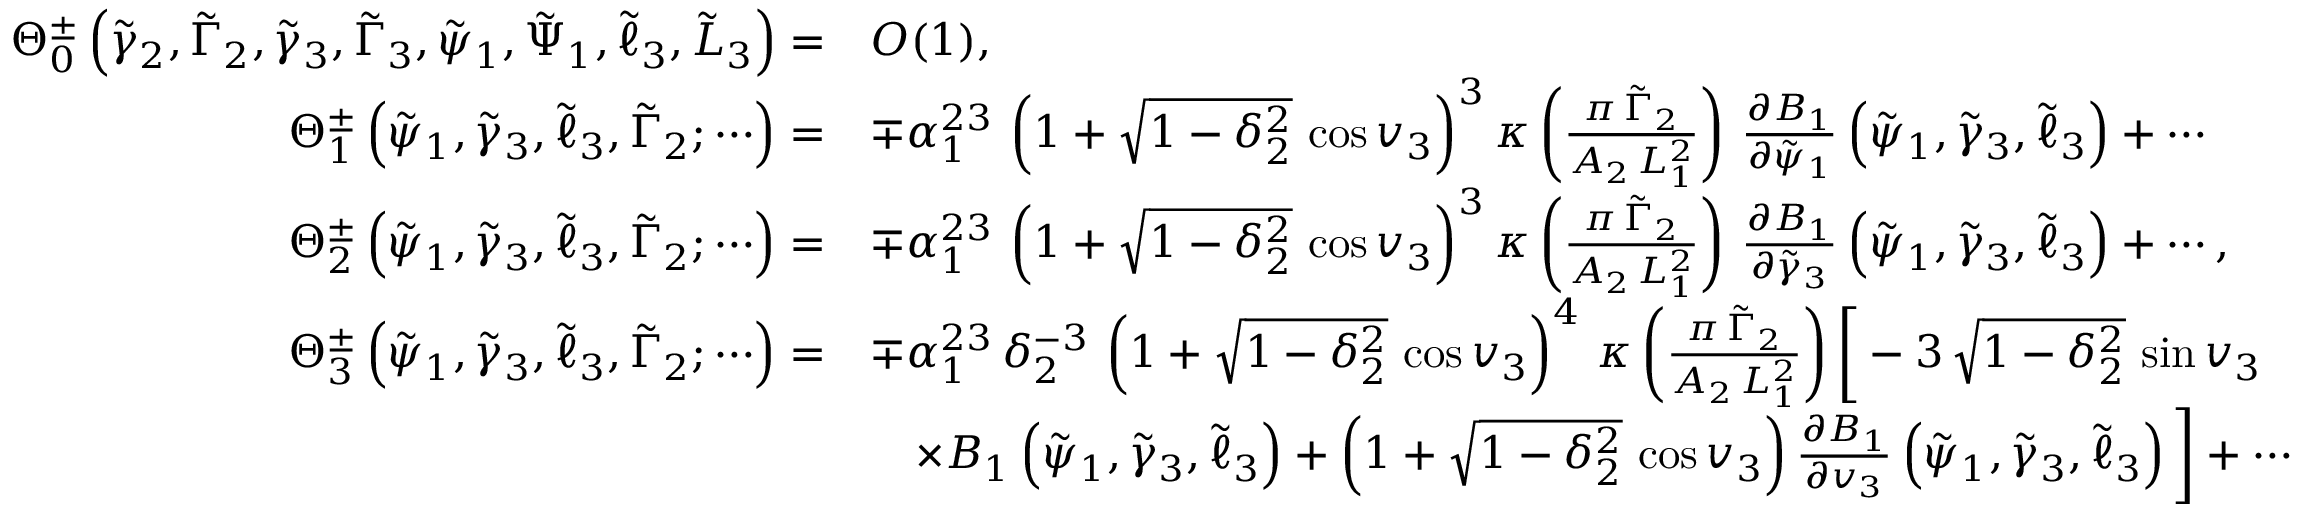
\begin{array} { r l } { \Theta _ { 0 } ^ { \pm } \left( \tilde { \gamma } _ { 2 } , \tilde { \Gamma } _ { 2 } , \tilde { \gamma } _ { 3 } , \tilde { \Gamma } _ { 3 } , \tilde { \psi } _ { 1 } , \tilde { \Psi } _ { 1 } , \tilde { \ell } _ { 3 } , \tilde { L } _ { 3 } \right) = } & { O ( 1 ) , } \\ { \Theta _ { 1 } ^ { \pm } \left( \tilde { \psi } _ { 1 } , \tilde { \gamma } _ { 3 } , \tilde { \ell } _ { 3 } , \tilde { \Gamma } _ { 2 } ; \cdots \right) = } & { \mp \alpha _ { 1 } ^ { 2 3 } \, \left( 1 + \sqrt { 1 - \delta _ { 2 } ^ { 2 } } \, \cos v _ { 3 } \right) ^ { 3 } \kappa \left( \frac { \pi \, \tilde { \Gamma } _ { 2 } } { A _ { 2 } \, L _ { 1 } ^ { 2 } } \right) \, \frac { \partial B _ { 1 } } { \partial \tilde { \psi } _ { 1 } } \left( \tilde { \psi } _ { 1 } , \tilde { \gamma } _ { 3 } , \tilde { \ell } _ { 3 } \right) + \cdots } \\ { \Theta _ { 2 } ^ { \pm } \left( \tilde { \psi } _ { 1 } , \tilde { \gamma } _ { 3 } , \tilde { \ell } _ { 3 } , \tilde { \Gamma } _ { 2 } ; \cdots \right) = } & { \mp \alpha _ { 1 } ^ { 2 3 } \, \left( 1 + \sqrt { 1 - \delta _ { 2 } ^ { 2 } } \, \cos v _ { 3 } \right) ^ { 3 } \kappa \left( \frac { \pi \, \tilde { \Gamma } _ { 2 } } { A _ { 2 } \, L _ { 1 } ^ { 2 } } \right) \, \frac { \partial B _ { 1 } } { \partial \tilde { \gamma } _ { 3 } } \left( \tilde { \psi } _ { 1 } , \tilde { \gamma } _ { 3 } , \tilde { \ell } _ { 3 } \right) + \cdots , } \\ { \Theta _ { 3 } ^ { \pm } \left( \tilde { \psi } _ { 1 } , \tilde { \gamma } _ { 3 } , \tilde { \ell } _ { 3 } , \tilde { \Gamma } _ { 2 } ; \cdots \right) = } & { \mp \alpha _ { 1 } ^ { 2 3 } \, \delta _ { 2 } ^ { - 3 } \, \left( 1 + \sqrt { 1 - \delta _ { 2 } ^ { 2 } } \, \cos v _ { 3 } \right) ^ { 4 } \, \kappa \left( \frac { \pi \, \tilde { \Gamma } _ { 2 } } { A _ { 2 } \, L _ { 1 } ^ { 2 } } \right) \bigg [ - 3 \, \sqrt { 1 - \delta _ { 2 } ^ { 2 } } \, \sin v _ { 3 } } \\ & { \quad \times B _ { 1 } \left( \tilde { \psi } _ { 1 } , \tilde { \gamma } _ { 3 } , \tilde { \ell } _ { 3 } \right) + \left( 1 + \sqrt { 1 - \delta _ { 2 } ^ { 2 } } \, \cos v _ { 3 } \right) \frac { \partial B _ { 1 } } { \partial v _ { 3 } } \left( \tilde { \psi } _ { 1 } , \tilde { \gamma } _ { 3 } , \tilde { \ell } _ { 3 } \right) \bigg ] + \cdots } \end{array}